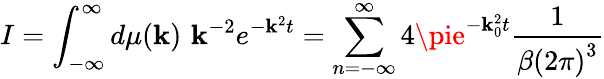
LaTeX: I=\int_{-\infty}^{\infty}d\mu(\mathbf{k})\, \, \mathbf{k}^{-2}e^{-\mathbf{k}^{2}t}=\sum_{n=-\infty}^{\infty}4\pie^{-\mathbf{k}_{0}^{2}t}\frac{{1}}{{\beta\left(2\pi\right)^{3}}}